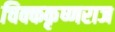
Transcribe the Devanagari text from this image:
चिक्ककृष्णराज